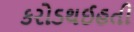
કરોડથઈહતી